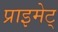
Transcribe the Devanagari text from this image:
प्राइमेट्